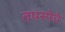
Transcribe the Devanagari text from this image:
तपस्येचे